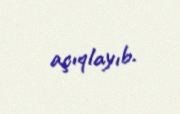
açıqlayıb.